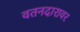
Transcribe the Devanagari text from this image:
वतनदारावर